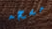
مسحه